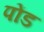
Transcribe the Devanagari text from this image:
पोंड